Civil Veterinary Department Bihar & Orissa reports 1911-21 - 1911-1921
Year: 1911
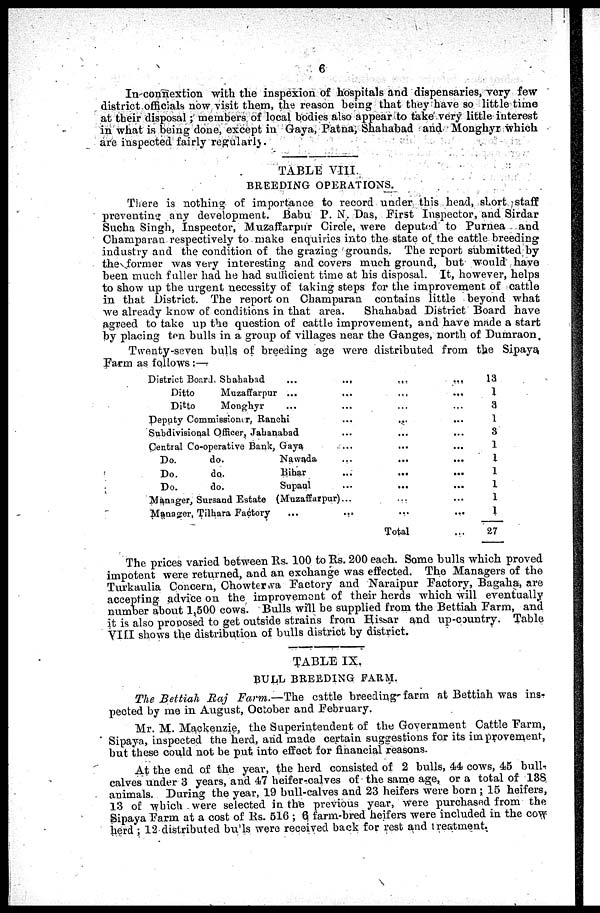
6
In connextion with the inspexion of hospitals and dispensaries, very few
district officials now visit them, the reason being that they have so little time
at their disposal ; members of local bodies also appear to take very little interest
in what is being done, except in Gaya, Patna, Shahabad and Monghyr which
are inspected fairly regularly.
TABLE VIII.
BREEDING OPERATIONS.
There is nothing of importance to record under this head, short staff
preventing any development.
Babu P. N. Das, First Inspector, and Sirdar
Sucha Singh, Inspector, Muzaffarpur Circle, were deputed to Purnea and
Champaran respectively to make enquiries into the state of the cattle breeding
industry and the condition of the grazing grounds. The report submitted by
they former was very interesting and covers much ground, but would have
been much fuller had he had sufficient time at his disposal. It, however, helps
to show up the urgent necessity of taking steps for the improvement of cattle
in that District. The report on Champaran contains little beyond what
we already know of conditions in that area.
Shahabad District Board have
agreed to take up the question of cattle improvement, and have made a start
by placing ton bulls in a group of villages near the Ganges, north of Dumraon,
Twenty-seven bulls of breeding age were distributed from the Sipaya.
Farm as follows :—
District Board. Shahabad
... ...
Ditto
Muzaffarpur ... ...
Ditto
Monghyr ... ...
Deputy Commissioner, Ranchi …
Subdivisional Officer, Jahanabad ...
Central Co-operative Bank, Gaya ...
Do.
do.
Nawada …
Do.
do.
Bihar ...
Do.
do.
Supaul …
Manager, Sursand Estate (Muzaffarpur) ...
Manager, Tilhara Factory
...
…
…
…
…
…
…
…
…
…
…
…
…
Total
…
…
…
…
…
…
…
…
…
…
…
…
13
1
3
1
3
1
1
1
1
1
1
27
The prices varied between Rs. 100 to Its. 200 each. Some bulls which proved
impotent were returned, and an exchange was effected. The Managers of the
Turkaulia Concern, Chowterwa Factory and Naraipur Factory, Bagaha, are
accepting advice on the improvement of their herds which will eventually
number about 1,500 cows. Bulls will be supplied from the Bettiah Farm, and
it is also proposed to get outside strains from Hissar and up-country. Table
VIII shows the distribution of bulls district by district.
TABLE IX.
BULL BREEDING FARM.
The Beltiah Raj Farm.—The
cattle breeding-farm at Bettiah was ins-
pected by me in August, October and February.
Mr. M. Mackenzie, the Superintendent of the Government Cattle Farm,
Sipaya, inspected the herd, and made certain suggestions for its improvement,
but these could not be put into effect for financial reasons.
At the end of the year, the herd consisted of 2 bulls, 44 cows, 45 bull-
calves under 3 years, and 47 heifer-calves of the same age, or a total of 138
animals. During the year, 19 bull-calves and 23 heifers were born ; 15 heifers,
13 of which were selected in the previous year, were purchased from the
Sipaya Farm at a cost of Rs. 510 ; 6 farm-bred heifers were included in the cow-
herd ; 12 distributed bulls were received back for rest and treatment.